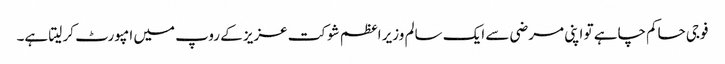
فوجی حاکم چاہے تو اپنی مرضی سے ایک سالم وزیر اعظم شوکت عزیز کے روپ میں امپورٹ کر لیتا ہے۔